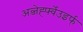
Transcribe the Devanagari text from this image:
अव्जेर्ह्फ्वेउइर्फ्